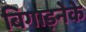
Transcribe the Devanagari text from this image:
बिगाड़नेके